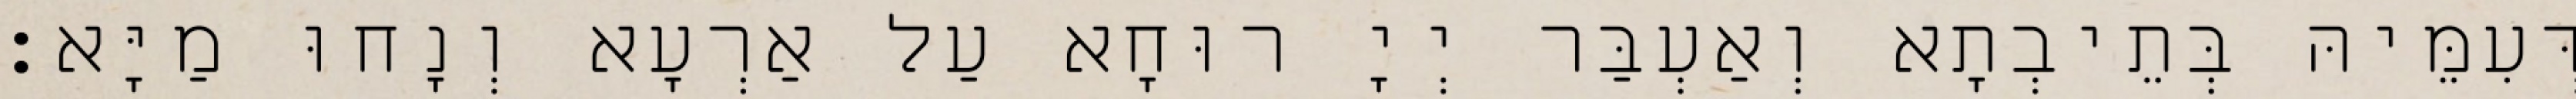
דְּעִמֵּיהּ בְּתֵיבְתָא וְאַעְבַּר יְיָ רוּחָא עַל אַרְעָא וְנָחוּ מַיָּא׃